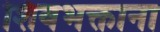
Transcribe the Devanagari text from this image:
शिवभक्ताना